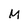
Character: M